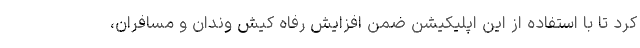
کرد تا با استفاده از این اپلیکیشن ضمن افزایش رفاه کیش وندان و مسافران،